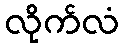
လိုက်လံ